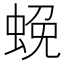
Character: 𮔔